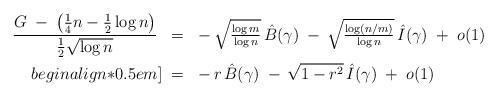
LaTeX: \begin{align*}\frac{G\;-\;\left(\tfrac14 n - \tfrac12\log n\right)}{\tfrac12 \sqrt{\log n}} \;\;&=\; \;-\, \sqrt{\tfrac{\log m}{\log n}} \,\hat{B}(\gamma) \;-\, \sqrt{\tfrac{\log (n/m)}{\log n}} \,\hat{I}(\gamma) \;+\; o(1) \\begin{align*}0.5em]\;&=\; \;-\,r\,\hat{B}(\gamma)\;-\, \sqrt{1-r^2}\,\hat{I}(\gamma)\;+\;o(1) \end{align*}